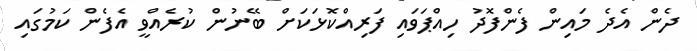
ދެން އެދެ މައިން ފެންފޮދު ހިއްޕަވައި ފަރިއްކޮޅަކަށް ބޭނުން ކުރެއްވީ އެފެން ކަމުގައި